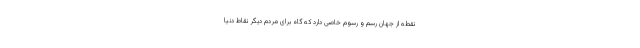
نقطه از جهان رسم و رسوم خاصی دارد که گاه برای مردم دیگر نقاط دنیا